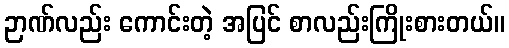
ဉာဏ်လည်း ကောင်းတဲ့ အပြင် စာလည်းကြိုးစားတယ်။